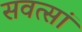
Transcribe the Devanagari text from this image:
सवत्सां